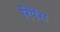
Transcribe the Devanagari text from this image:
रिपेंस